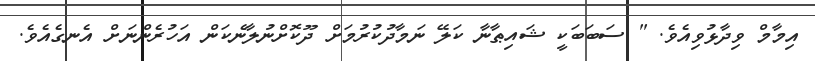
އިމާމް ވިދާޅުވިއެވެ. " ސަބަބަކީ ޝައިޠާނާ ކަލޭ ނަމާދުކުރުމަށް ދޫކޮށްނުލާނެކަން އަހުރެންނަށް އެނގެއެވެ.